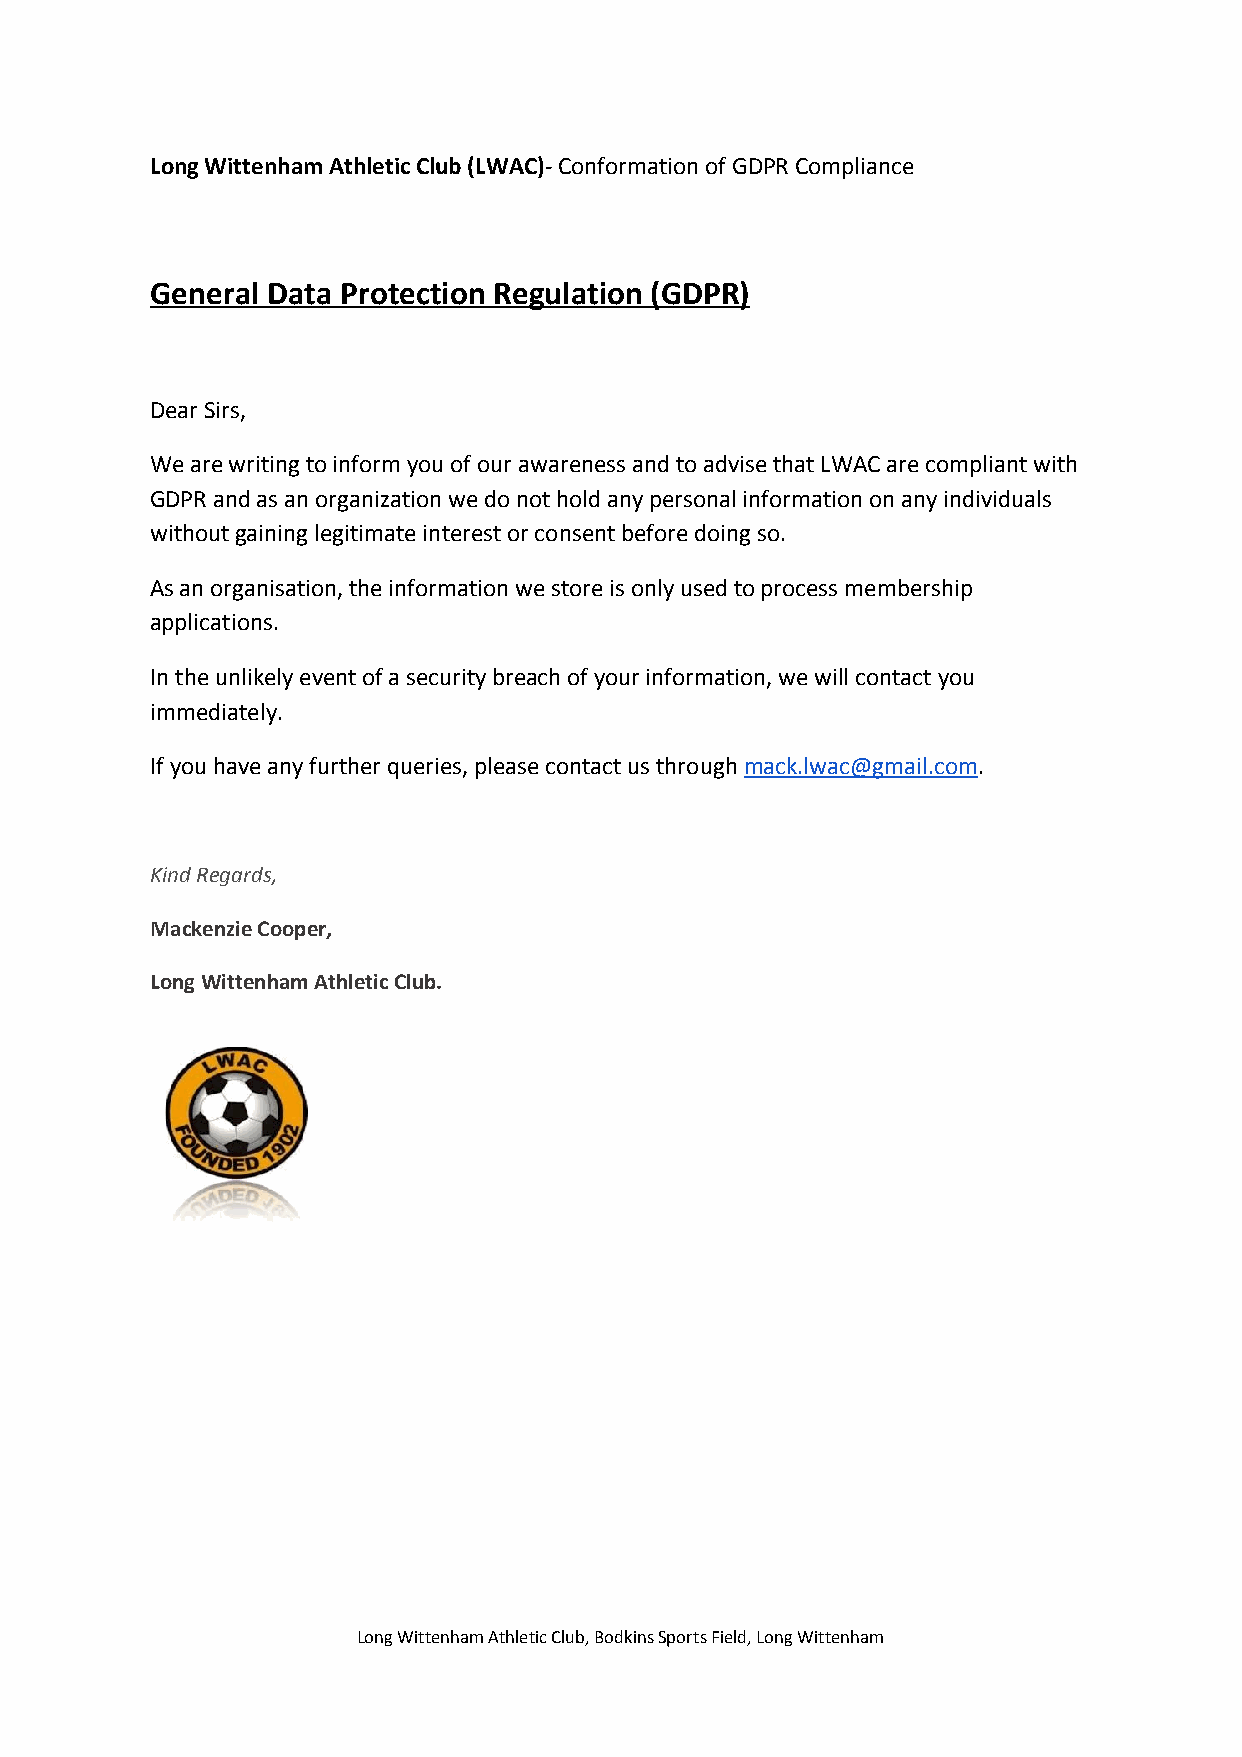
Long Wittenham Athletic Club (LWAC)- Conformation of GDPR Compliance
 ​
 General Data Protection Regulation (GDPR)
 Dear Sirs,
 We are writing to inform you of our awareness and to advise that LWAC are compliant with
 GDPR and as an organization we do not hold any personal information on any individuals
 without gaining legitimate interest or consent before doing so.
 As an organisation, the information we store is only used to process membership
 applications.
 In the unlikely event of a security breach of your information, we will contact you
 immediately.
 If you have any further queries, please contact us through mack.lwac@gmail.com.
 ​               ​
 Kind Regards,
 Mackenzie Cooper,
 Long Wittenham Athletic Club.
 Long Wittenham Athletic Club, Bodkins Sports Field, Long Wittenham